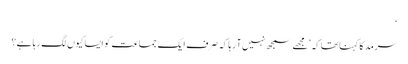
‘
سرمد کا کہنا تھا کہ ’مجھے سمجھ نہیں آ رہا کہ صرف ایک جماعت کو ایسا کیوں لگ رہا ہے؟